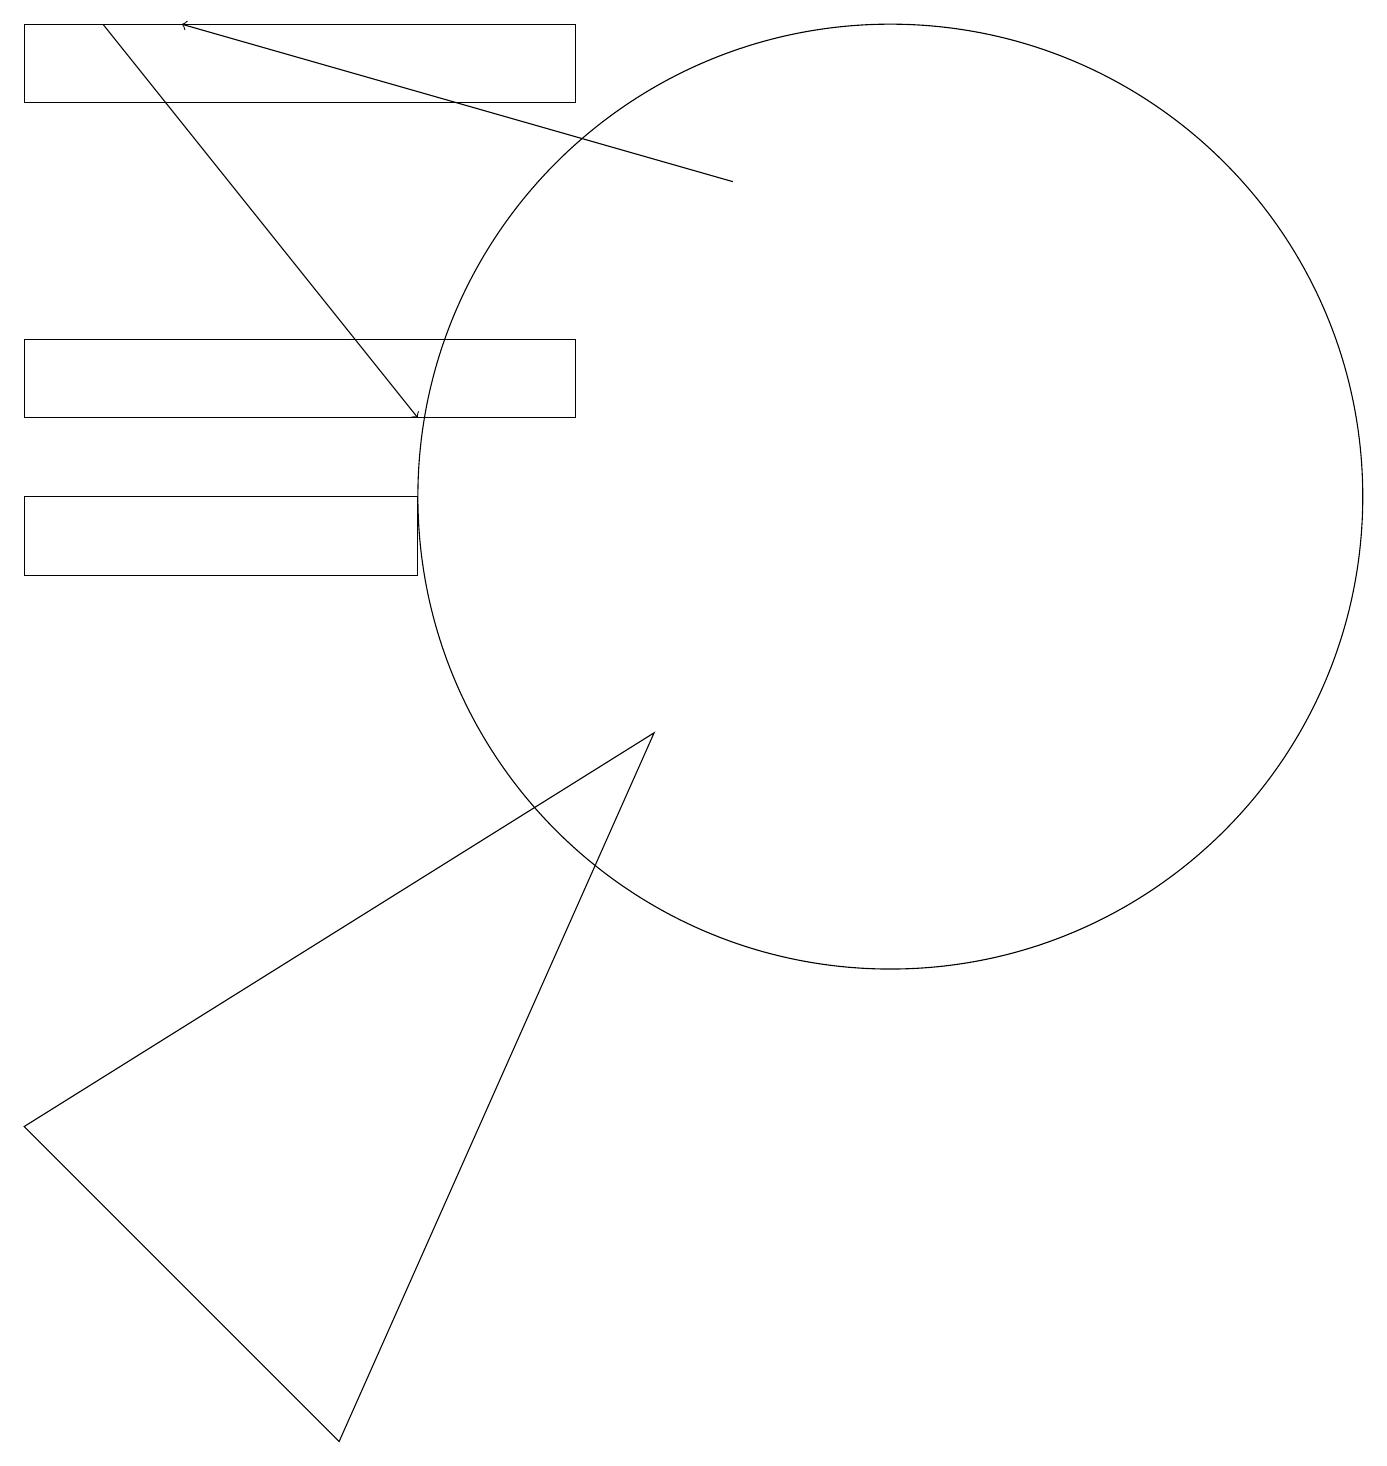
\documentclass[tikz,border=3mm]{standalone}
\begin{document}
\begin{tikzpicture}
\draw (0,13) rectangle (7,14);
\draw[->] (1,18) -- (5,13);
\draw (11,10) circle (0);
\draw (4,0) -- (0,4) -- (8,9) -- cycle;
\draw (0,11) rectangle (5,12);
\draw[->] (9,16) -- (2,18);
\draw (7,17) rectangle (0,18);
\draw (11,12) circle (6);
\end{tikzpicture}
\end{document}